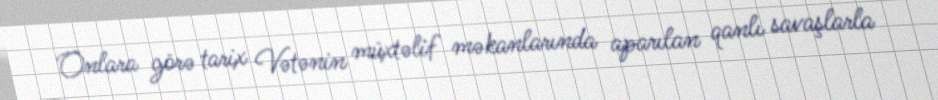
Onlara görə tarix Vətənin müxtəlif məkanlarında aparılan qanlı savaşlarla